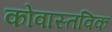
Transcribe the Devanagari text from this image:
कोवास्तविक